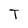
Character: T